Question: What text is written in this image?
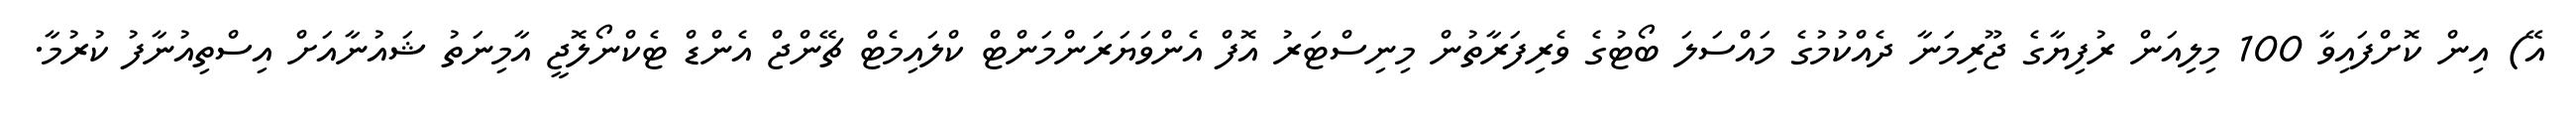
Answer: އޭ) އިން ކޮށްފައިވާ 100 މިލިއަން ރުފިޔާގެ ޖޫރިމަނާ ދެއްކުމުގެ މައްސަލަ ބޯޓުގެ ވެރިފަރާތުން މިނިސްޓަރު އޮފް އެންވަޔަރަންމަންޓް ކްލައިމެޓް ޗޭންޖް އެންޑް ޓެކްނޯލޮޖީ އާމިނަތު ޝައުނާއަށް އިސްތިއުނާފު ކުރުމާ.